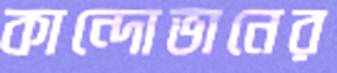
কান্দোভানের